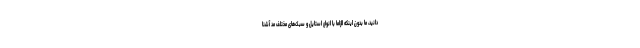
دانید، ما بدون اینکه الزاما با انواع استایل و سبک‌های مختلف مد آشنا